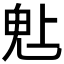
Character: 𬴾